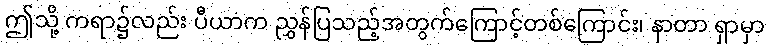
ဤသို့ ကရာ၌လည်း ပီယာက ညွှန်ပြသည့်အတွက်ကြောင့်တစ်ကြောင်း၊ နာတာ ရှာမှာ